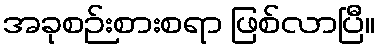
အခုစဉ်းစားစရာ ဖြစ်လာပြီ။